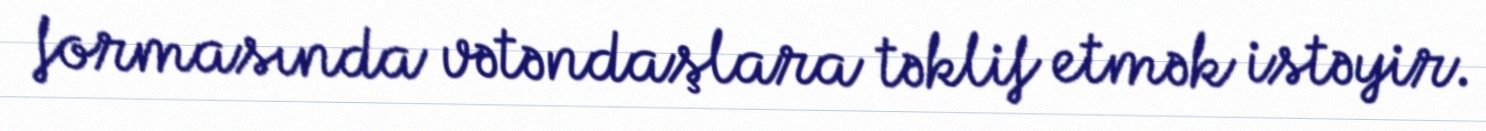
formasında vətəndaşlara təklif etmək istəyir.